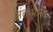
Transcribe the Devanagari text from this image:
अंतःप्रान्त